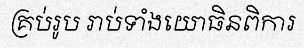
គ្រប់រូប រាប់ទាំងយោធិនពិការ